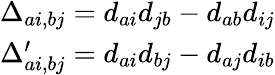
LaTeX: \begin{array}{r}{\Delta_{ai,bj}=d_{ai}d_{jb}-d_{ab}d_{ij}}\\ {\Delta_{ai,bj}^{\prime}=d_{ai}d_{bj}-d_{aj}d_{ib}}\end{array}